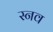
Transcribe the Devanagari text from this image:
स्नव